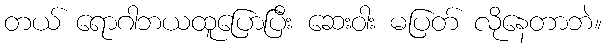
တယ် ရောဂါဘယထူပြောပြီး ဆေးဝါး မပြတ် လိုနေတာဘဲ။